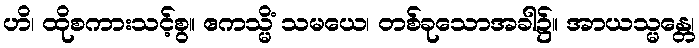
ဟိ၊ ထိုစကားသင့်စွ။ ဧကသ္မိံ သမယေ၊ တစ်ခုသောအခါ၌။ အာယသ္မန္တေ၊